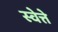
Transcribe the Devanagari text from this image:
स्वेत्ते